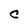
Character: C